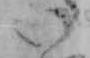
い